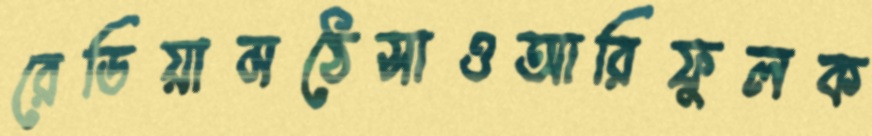
রেডিয়ামঠেসাওআরিফুলক